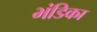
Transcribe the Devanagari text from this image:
भंडिका